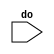
// DESCRIPTION: Verilator: Verilog Test module
//
// A test of the +verilog2001ext+ and +verilog2005ext+ flags.
//
// This file ONLY is placed into the Public Domain, for any use,
// without warranty, 2019 by Wilson Snyder.

// verilator lint_off SYMRSVDWORD

module t_langext_order_sub(input do);
endmodule